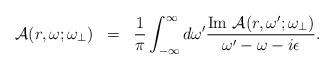
LaTeX: \begin{align*}\begin{array}{rcl}{\cal A}(r,\omega;\omega_{\bot})&=&\displaystyle \frac{1}{\pi}\int_{-\infty}^{\infty}d\omega^{\prime}\frac{{\rm Im}~{\cal A}(r,\omega^{\prime};\omega_{\bot})}{\omega^{\prime}-\omega-i\epsilon}. \end{array}\end{align*}